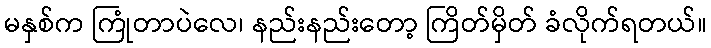
မနှစ်က ကြုံတာပဲလေ၊ နည်းနည်းတော့ ကြိတ်မှိတ် ခံလိုက်ရတယ်။